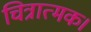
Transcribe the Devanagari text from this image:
चित्रात्मक।